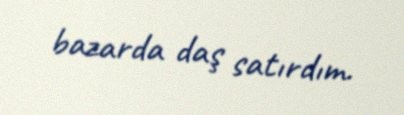
bazarda daş satırdım.